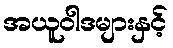
အယူဝါဒများနှင့်